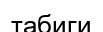
табиги